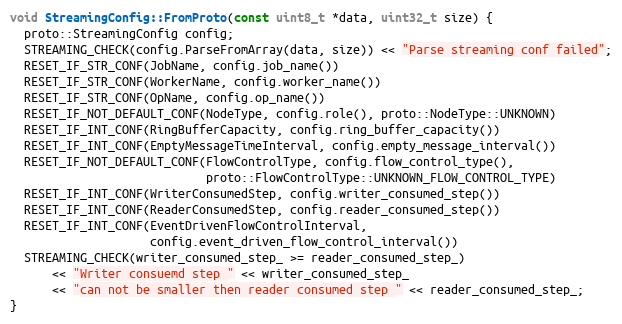
Language: C++
void StreamingConfig::FromProto(const uint8_t *data, uint32_t size) {
  proto::StreamingConfig config;
  STREAMING_CHECK(config.ParseFromArray(data, size)) << "Parse streaming conf failed";
  RESET_IF_STR_CONF(JobName, config.job_name())
  RESET_IF_STR_CONF(WorkerName, config.worker_name())
  RESET_IF_STR_CONF(OpName, config.op_name())
  RESET_IF_NOT_DEFAULT_CONF(NodeType, config.role(), proto::NodeType::UNKNOWN)
  RESET_IF_INT_CONF(RingBufferCapacity, config.ring_buffer_capacity())
  RESET_IF_INT_CONF(EmptyMessageTimeInterval, config.empty_message_interval())
  RESET_IF_NOT_DEFAULT_CONF(FlowControlType, config.flow_control_type(),
                            proto::FlowControlType::UNKNOWN_FLOW_CONTROL_TYPE)
  RESET_IF_INT_CONF(WriterConsumedStep, config.writer_consumed_step())
  RESET_IF_INT_CONF(ReaderConsumedStep, config.reader_consumed_step())
  RESET_IF_INT_CONF(EventDrivenFlowControlInterval,
                    config.event_driven_flow_control_interval())
  STREAMING_CHECK(writer_consumed_step_ >= reader_consumed_step_)
      << "Writer consuemd step " << writer_consumed_step_
      << "can not be smaller then reader consumed step " << reader_consumed_step_;
}